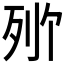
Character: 𬆒